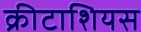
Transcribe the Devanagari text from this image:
क्रीटाशियस